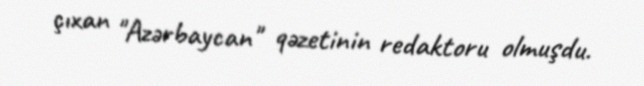
çıxan "Azərbaycan" qəzetinin redaktoru olmuşdu.